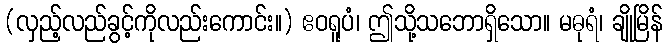
(လှည့်လည်ခွင့်ကိုလည်းကောင်း။) ဧဝရူပံ၊ ဤသို့သဘောရှိသော။ မဓုရံ၊ ချိုမြိန်